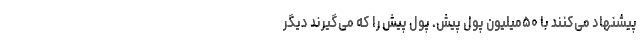
پیشنهاد می‌کنند با ۵۰‌میلیون پول پیش. پول پیش را که می‌گیرند دیگر